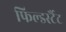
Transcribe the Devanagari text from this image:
फिल्डर्स्टैट